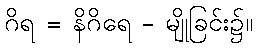
ဂိရ = နိဂိရေ - မျိုခြင်း၌။